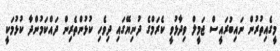
މީގެއިތުރުން ނައިބުރައީސް ޖަމީލް ވިދާޅުވީ ކެރަމްގެ ދުނިޔޭގައި ދިވެހި ކުޅުންތެރިން ދައްކަމުންދާ ކުޅުމަކީ